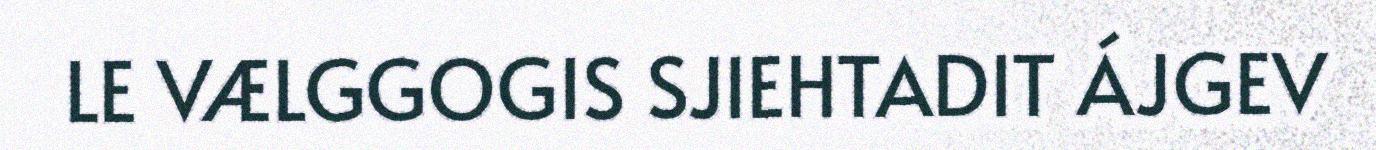
LE VÆLGGOGIS SJIEHTADIT ÁJGEV